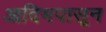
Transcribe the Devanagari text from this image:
आदिमपासून